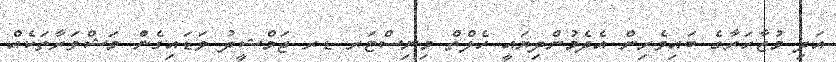
އަދި މުޒާހަރާގެ ބައިވެރިން އެދެމުންދިޔައީ ހެލްތް މިނިސްޓަރ ޑރ ޖަމްޝީދު ވަޑައިގެން މަޝްވަރާތަކެއް